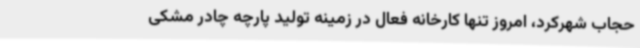
حجاب شهرکرد، امروز تنها کارخانه فعال در زمینه تولید پارچه چادر‌ مشکی